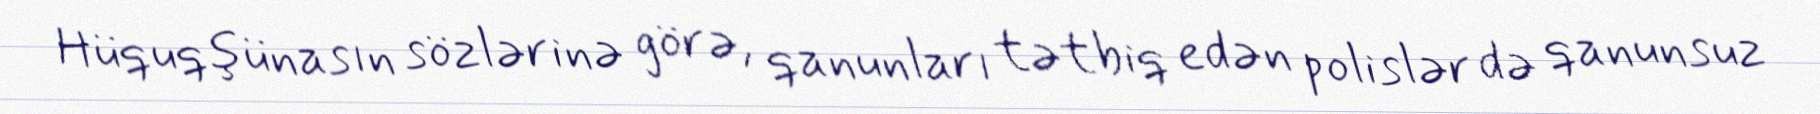
Hüquqşünasın sözlərinə görə, qanunları tətbiq edən polislər də qanunsuz